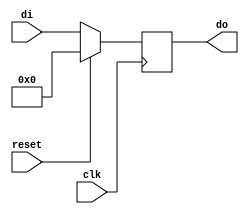
`timescale 1ns / 1ps
//////////////////////////////////////////////////////////////////////////////////

// ID          : N180116
//Branch       : ECE
//Project Name : RTL design using Verilog
//Design  Name : Parallel In Parallel Out Shift Register--->Behavioral
//Module  Name : pipo
//RGUKT NUZVID 
//////////////////////////////////////////////////////////////////////////////////


module pipo(reset,clk,di,do);
input clk,reset;
input [3:0] di;
output reg[3:0] do;


always @(posedge clk)
begin
	if(reset)
	begin
		do = 0;
	end
	
	else
	begin
		do = di;
	end
		
end
endmodule